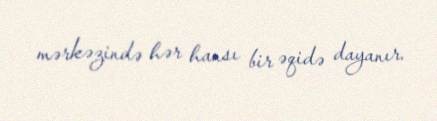
mərkəzində hər hansı bir əqidə dayanır.